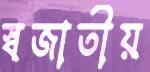
স্বজাতীয়